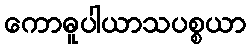
ကောဓူပါယာသပစ္စယာ